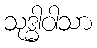
သုဒ္ဓါဝါသာ